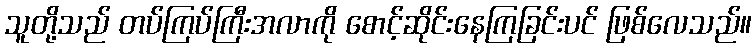
သူတို့သည် တပ်ကြပ်ကြီးအလာကို စောင့်ဆိုင်းနေကြခြင်းပင် ဖြစ်လေသည်။